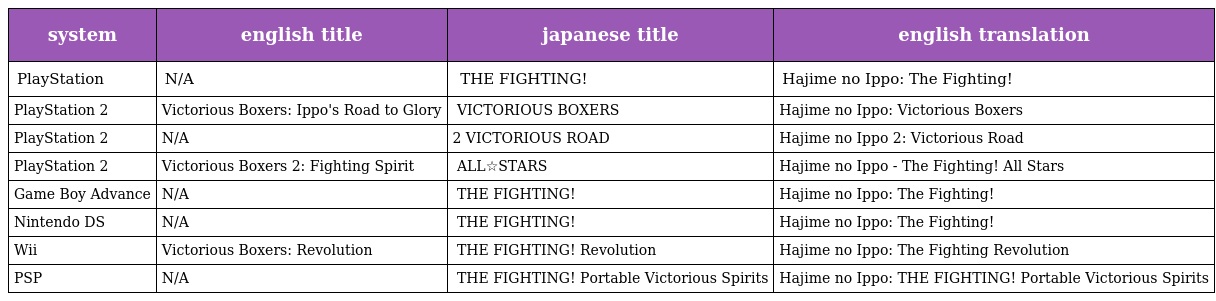
| system | english title | japanese title | english translation |
 | --- | --- | --- | --- |
 | PlayStation | N/A | はじめの一歩 THE FIGHTING! | Hajime no Ippo: The Fighting! |
 | PlayStation 2 | Victorious Boxers: Ippo's Road to Glory | はじめの一歩 VICTORIOUS BOXERS | Hajime no Ippo: Victorious Boxers |
 | PlayStation 2 | N/A | はじめの一歩2 VICTORIOUS ROAD | Hajime no Ippo 2: Victorious Road |
 | PlayStation 2 | Victorious Boxers 2: Fighting Spirit | はじめの一歩 ALL☆STARS | Hajime no Ippo - The Fighting! All Stars |
 | Game Boy Advance | N/A | はじめの一歩 THE FIGHTING! | Hajime no Ippo: The Fighting! |
 | Nintendo DS | N/A | はじめの一歩 THE FIGHTING! | Hajime no Ippo: The Fighting! |
 | Wii | Victorious Boxers: Revolution | はじめの一歩 THE FIGHTING! Revolution | Hajime no Ippo: The Fighting Revolution |
 | PSP | N/A | はじめの一歩 THE FIGHTING! Portable Victorious Spirits | Hajime no Ippo: THE FIGHTING! Portable Victorious Spirits |